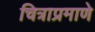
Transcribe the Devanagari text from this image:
चित्राप्रमाणे